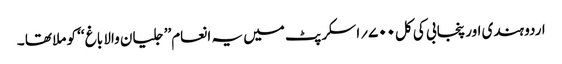
اردو ہندی اور پنجابی کی کل۷۰۰؍اسکرپٹ میں یہ انعام’’ جلیان والا باغ ‘‘ کو ملا تھا ۔